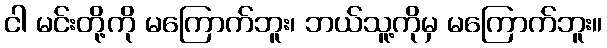
ငါ မင်းတို့ကို မကြောက်ဘူး၊ ဘယ်သူ့ကိုမှ မကြောက်ဘူး။